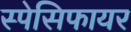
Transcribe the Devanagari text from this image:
स्पेसिफायर